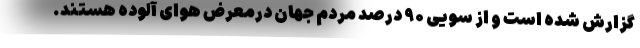
گزارش شده است و از سویی ۹۰ درصد مردم جهان درمعرض هوای آلوده هستند.